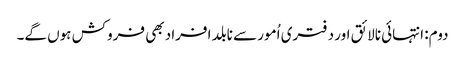
دوم: انتہائی نالائق اور دفتری اُمور سے نابلد افراد بھی فروکش ہوں گے۔